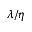
\lambda / \eta